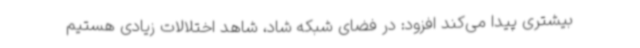
بیشتری پیدا می‌کند افزود: در فضای شبکه شاد، شاهد اختلالات زیادی هستیم